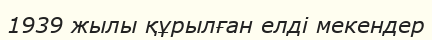
1939 жылы құрылған елді мекендер